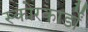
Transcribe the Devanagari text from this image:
स्कोरकार्डों